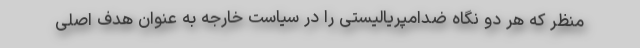
منظر که هر دو نگاه ضدامپریالیستی را در سیاست خارجه به عنوان هدف اصلی